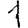
Digit: 1